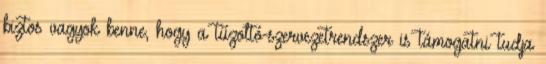
biztos vagyok benne, hogy a tűzoltó-szervezetrendszer is támogatni tudja